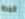
المرور